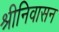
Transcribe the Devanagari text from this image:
श्रीनिवासन